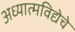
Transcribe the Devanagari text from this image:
अध्यात्मविद्येचे